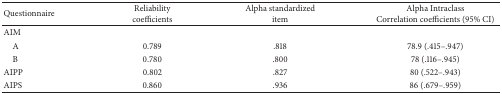
| Questionnaire | Reliability coefficients | Alpha standardized item | Alpha IntraclassCorrelation coefficients (95% CI) |
 | --- | --- | --- | --- |
 | AIM |  |  |  |
 | A | 0.789 | .818 | 78.9 (.415–.947) |
 | B | 0.780 | .800 | 78 (.116–.945) |
 | AIPP | 0.802 | .827 | 80 (.522–.943) |
 | AIPS | 0.860 | .936 | 86 (.679–.959) |